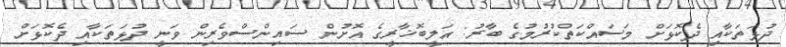
ދުޅަތަކާއި ދެކޮޅަށް މަސައްކަތްކުރުމުގެ ބާރު: އަލީބޮޚާރީގެ އޮށުން ސައިންސްވެރިން ވަނީ ދުޅަތަކާއި ދެކޮޅަށް